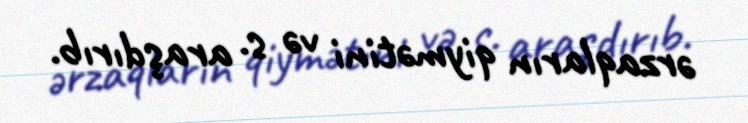
ərzaqların qiymətini və s. araşdırıb.